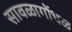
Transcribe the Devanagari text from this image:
सावळागोंधळ